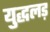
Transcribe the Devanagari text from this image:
युद्धलड़